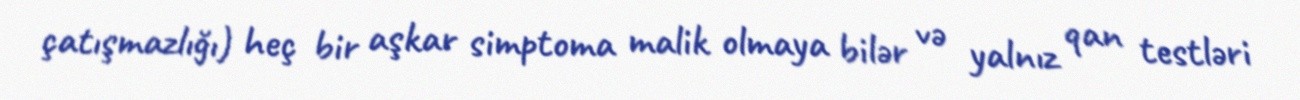
çatışmazlığı) heç bir aşkar simptoma malik olmaya bilər və yalnız qan testləri